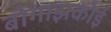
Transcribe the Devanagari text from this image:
बोगाझकोई